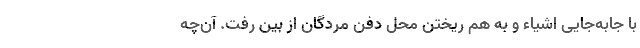
با جابه‌جایی اشیاء و به هم ریختن محل دفن مردگان از بین رفت. آن‌چه